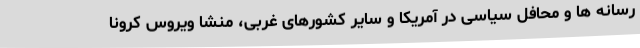
رسانه ها و محافل سیاسی در آمریکا و سایر کشورهای غربی، منشا ویروس کرونا